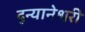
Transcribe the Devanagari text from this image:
द्न्यानेश्वरी